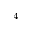
^ { - 4 }